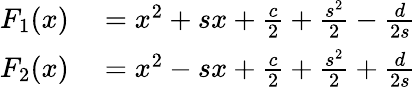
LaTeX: \begin{array}{rl}{F_{1}(x)}&{{}=x^{2}+sx+{\frac{c}{2}}+{\frac{s^{2}}{2}}-{\frac{d}{2s}}}\\ {F_{2}(x)}&{{}=x^{2}-sx+{\frac{c}{2}}+{\frac{s^{2}}{2}}+{\frac{d}{2s}}}\end{array}